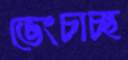
ভেংচাচ্ছ